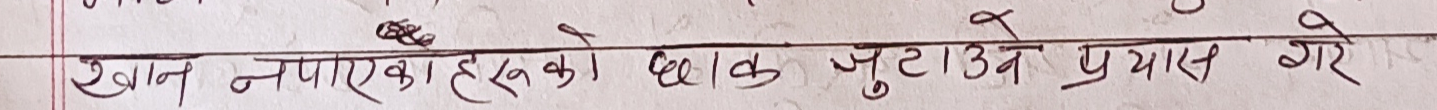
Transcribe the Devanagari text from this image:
खान नपाएका हरुको धाक जुटाउने प्रयास गरे